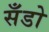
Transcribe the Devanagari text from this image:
सँडो